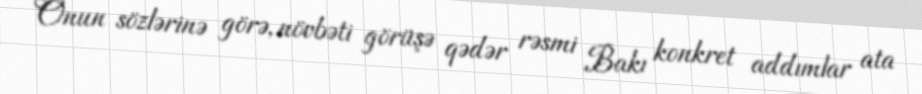
Onun sözlərinə görə, növbəti görüşə qədər rəsmi Bakı konkret addımlar ata